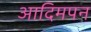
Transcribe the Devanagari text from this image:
आदिमपन